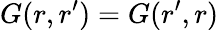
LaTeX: G(r,r^{\prime})=G(r^{\prime},r)